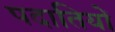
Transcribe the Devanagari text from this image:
पदातियों